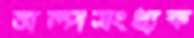
অল্পসংখ্যক